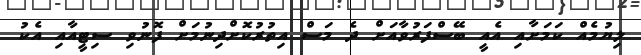
ލިޔުމެއް ކަމަށާއި އެއީ ބޭސްފަރުވާއަށް ދެ މަސް އިތުރުކޮށްދިނުމަށް ފޮނުވި ސިޓީއާއި އެކު